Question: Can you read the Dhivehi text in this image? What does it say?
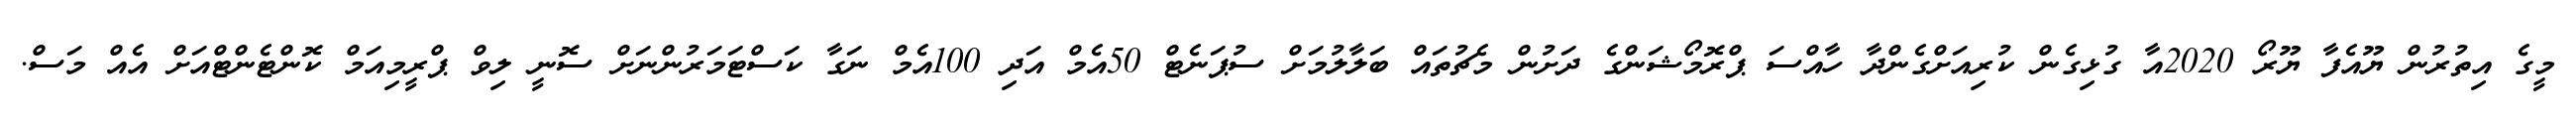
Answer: މީގެ އިތުރުން ޔޫއެފާ ޔޫރޯ 2020އާ ގުޅިގެން ކުރިއަށްގެންދާ ހާއްސަ ޕްރޮމޯޝަންގެ ދަށުން މެޗުތައް ބަލާލުމަށް ސުޕަނެޓް 50އެމް އަދި 100އެމް ނަގާ ކަސްޓަމަރުންނަށް ސޮނީ ލިވް ޕްރީމިއަމް ކޮންޓެންޓްއަށް އެއް މަސް.